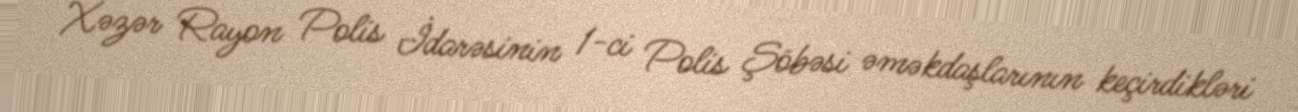
Xəzər Rayon Polis İdarəsinin 1-ci Polis Şöbəsi əməkdaşlarının keçirdikləri